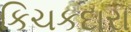
કિચકદારા